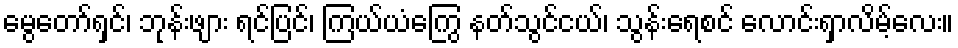
မွေတော်ရှင်၊ ဘုန်းဖျား ရင်ပြင်၊ ကြယ်ယံကြွေ နတ်သွင်ငယ်၊ သွန်းရေစင် လောင်းရှာလိမ့်လေး။